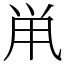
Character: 鼡